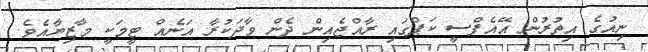
ނިއުގެ އިތުރުން އޭއެފްސީ ކަޕްގައި ރާއްޖެއިން ދެން ވާދަކުރާ އަނެއް ޓީމަކީ މާޒިޔާއެވެ.